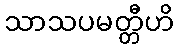
သာသပမတ္တီဟိ